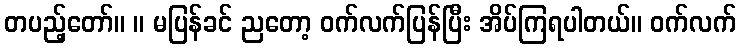
တပည့်တော်။ ။ မပြန်ခင် ညတော့ ဝက်လက်ပြန်ပြီး အိပ်ကြရပါတယ်။ ဝက်လက်